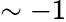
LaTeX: \sim-1